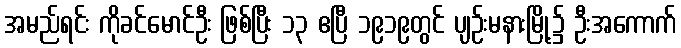
အမည်ရင်း ကိုခင်မောင်ဦး ဖြစ်ပြီး ၁၃ ဧပြီ ၁၉၁၉တွင် ပျဉ်းမနားမြို့၌ ဦးအကောက်